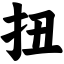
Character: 扭